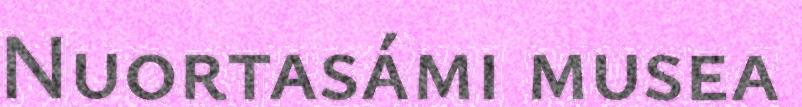
Nuortasámi musea